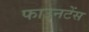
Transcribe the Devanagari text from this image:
फाउनटेंस